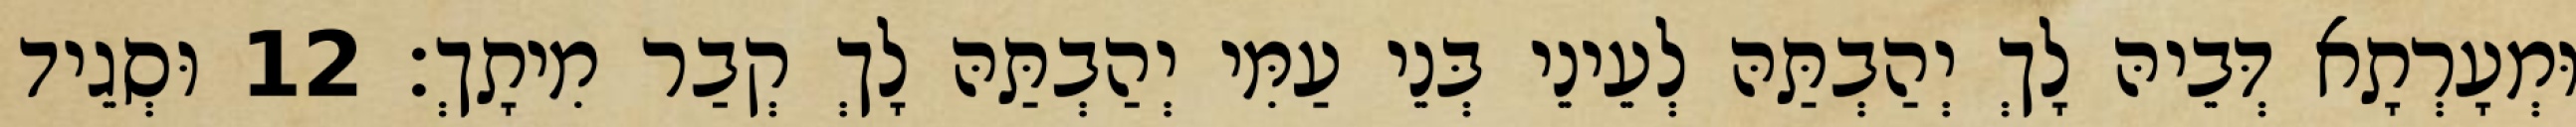
וּמְעָרְתָא דְּבֵיהּ לָךְ יְהַבְתַּהּ לְעֵינֵי בְּנֵי עַמִּי יְהַבְתַּהּ לָךְ קְבַר מִיתָךְ׃ 12 וּסְגֵיד